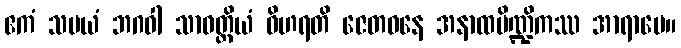
ဧကံ သမယံ ဘဂဝါ သာဝတ္ထိယံ ဝိဟရတိ ဇေတဝနေ အနာထပိဏ္ဍိကဿ အာရာမေ။